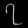
Digit: ၇